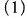
(1)